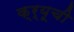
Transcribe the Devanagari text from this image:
क्र्यूची